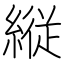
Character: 縦